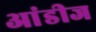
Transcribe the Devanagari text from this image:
आंडीज